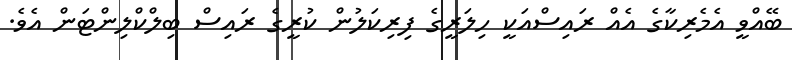
ބޭއްވީ އެމެރިކާގެ އެއް ރައިސްއަކީ ހިލަރީގެ ފިރިކަލުން ކުރީގެ ރައިސް ބިލްކްލިންޓަން އެވެ.